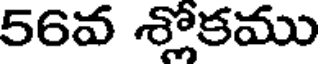
56వ శ్లోకము